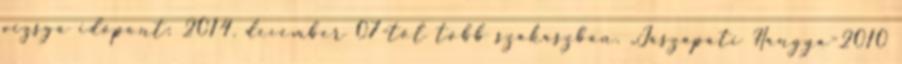
vizsga időpont: 2014. december 07-től több szakaszban. „Jászapáti Hangya-2010